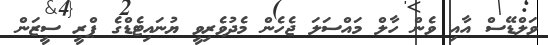
ވަލްޑޭސް އާއި ވެން ހާލް މައްސަލަ ޖެހެން މެދުވެރިވީ ޔުނައިޓެޑްގެ ޕްރީ ސީޒަން